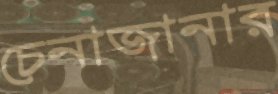
চেনাজানার